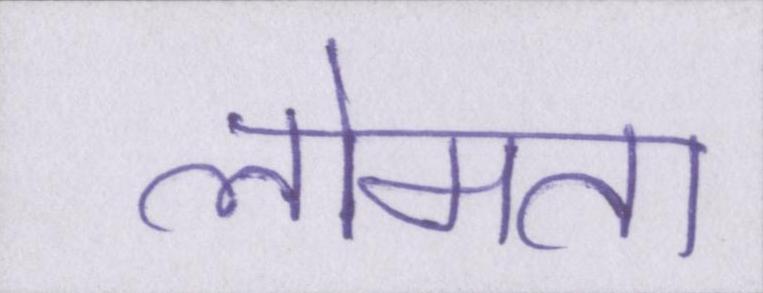
लोमता